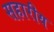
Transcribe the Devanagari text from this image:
सहारीय